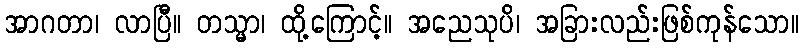
အာဂတာ၊ လာပြီ။ တသ္မာ၊ ထို့ကြောင့်။ အညေသုပိ၊ အခြားလည်းဖြစ်ကုန်သော။